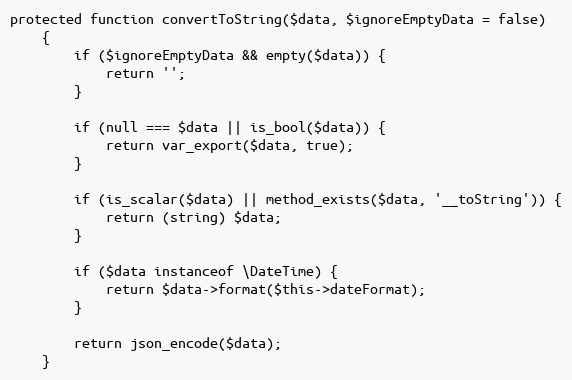
Language: PHP
protected function convertToString($data, $ignoreEmptyData = false)
    {
        if ($ignoreEmptyData && empty($data)) {
            return '';
        }

        if (null === $data || is_bool($data)) {
            return var_export($data, true);
        }

        if (is_scalar($data) || method_exists($data, '__toString')) {
            return (string) $data;
        }

        if ($data instanceof \DateTime) {
            return $data->format($this->dateFormat);
        }

        return json_encode($data);
    }